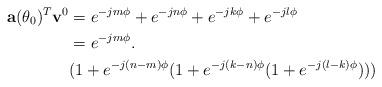
LaTeX: \begin{align*}\mathbf{a}(\theta_{0})^{T}\mathbf{v}^{0}&=e^{-jm\phi}+e^{-jn\phi}+e^{-jk\phi}+e^{-jl\phi}\\&=e^{-jm\phi}.\\&(1+e^{-j(n-m)\phi}(1+e^{-j(k-n)\phi}(1+e^{-j(l-k)\phi})))\end{align*}